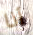
أنا